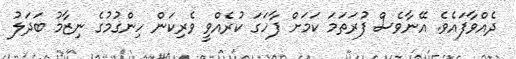
ދެއްވާފައެވެ. އޭނާވެސް ފުރަތަމަ ކަމަށް ފާހަގަ ކުރެއްވީ ވެރިކަން ހިންގުމުގެ ނިޒާމު ބަދަލު